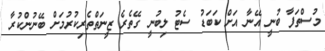
މުސްތަފާ ބުނީ އޭނާ އަށް ކަބަޑު ސެޓު ލިބުނީ ގޭތެރެ ޒީނަތްތެރިކުރުމަށް ބޭނުންކުރާ